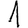
Digit: 1